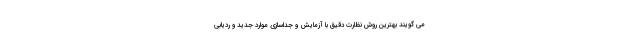
می گویند بهترین روش نظارت دقیق با آزمایش و جداسازی موارد جدید و ردیابی